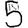
Digit: 5